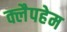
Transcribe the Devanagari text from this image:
क्लैपहेम